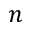
n